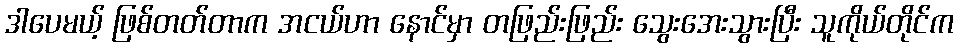
ဒါပေမယ့် ဖြစ်တတ်တာက အငယ်ဟာ နောင်မှာ တဖြည်းဖြည်း သွေးအေးသွားပြီး သူကိုယ်တိုင်က